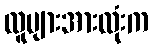
လူများအားလုံးက